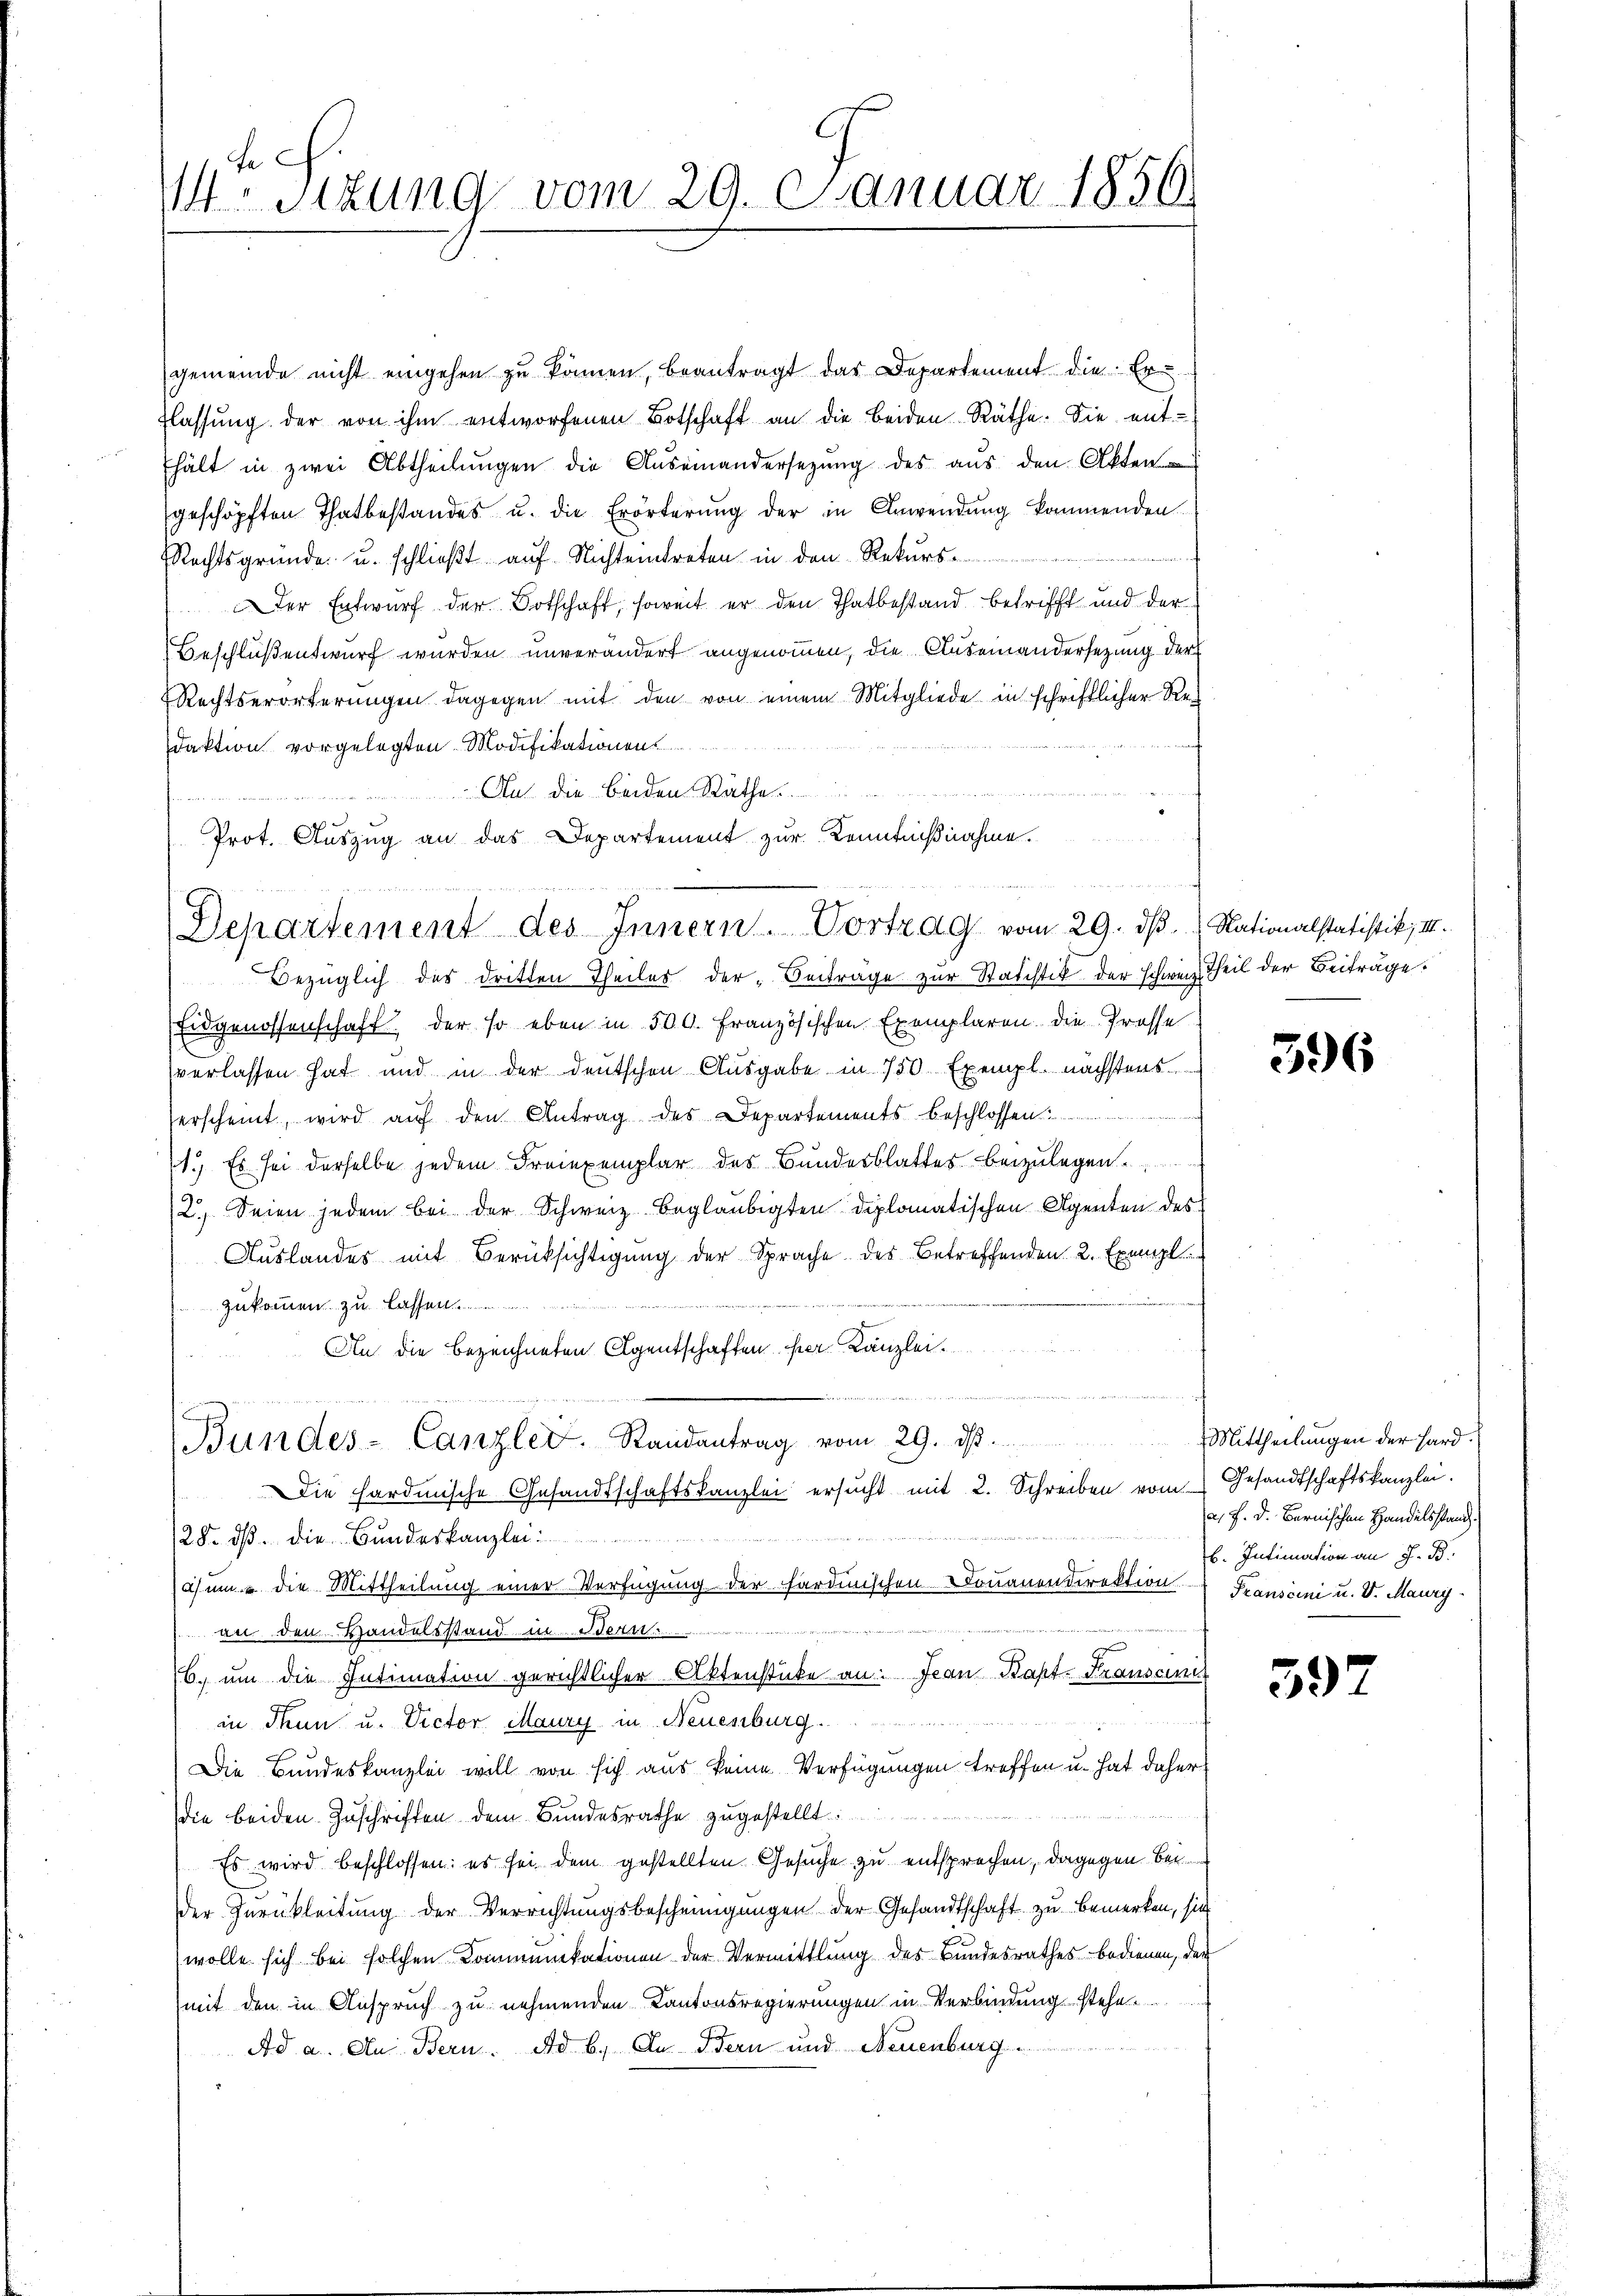
.Stzung vom 29. Januar 1856.

gemeinde nicht eingehen zu können, beantragt das Departement die Er
flassŭng der von ihm entworfenen Botschaft an die beiden Räthe. Sie ent-
hält in zwei Abtheilŭngen die Auseinandersezung des aŭs den Akten
geschöpften Thatbestandes u. die Erörterung der in Anwendung kommenden
Rechtsgründe u. schließt auf Nichteintreten in den Rekurs-
Der Entwurf der Botschaft, soweit er den Thatbestand betrifft und der
Beschluß entwurf wurden unverändert angenommen, die Auseinandersetzung der
Rechtserörterungen dagegen mit den von einem Mitgliede in schriftlicher Redaktion vorgelegten Modifikationen
An die beiden Rathe
e
Prot. Auszug an das Departement zur Kenntnißnahme.

Bezüglich des dritten Theiles der „Beiträge zur Statistik der schweiz. Theil der Beiträge.
Eidgenossenschaft der so eben in 500. Französischen Exemplaren. Die Trosse
verlassen hat und in der deutschen Ausgabe in 750 Exempl. nächsters
erscheint, wird aŭf den Antrag des Departements beschlossen.
1.) Es sei derselbe jedem Freiexemplar des Bundesblattes beizulegen
2.) Seien jedem bei der Schweiz beglaubigten diplomatischen Agenten des
Auslandes mit Berücksichtigung der Sprache des Betreffenden 2. Exempl
zukommen zu lassen.
An die bezeichneten Agentschaften der Kanzlei
Die Hardmische Gesandtschaftskanzlei ersucht mit 2. Schreiben vom Gesandtschaftskanzlei.
/25. dß. die Bundeskanzlei:
i um die Mittheilung einer Verfügung der Fardinischen Donauendirektion
an den Handelsstand in Bern
b. um die Intimation gerichtlicher Aktenstücke an: Jean Bapt-Transani
in dann u. Victor Maury in Neuenburg.
Die Bundeskanzlei will von sich aus keine Verfügungen treffen u. hat daher
die beiden Zuschriften dem Bundesrathe zugestellt:
Es wird beschlossen: es sei dem gestellten Gesuche zu entsprechen, dagegen bei
der Zurückleitung der Verrichtungsbescheinigungen der Gesandtschaft zu bemerken, sie
(wolle sich bei solchen Communikationen der Vermittlung des Bundesrathes bedienen, der
(mit den in Anspruch zu nehmenden Kantonsregierungen in Verbindung stehe
Ad a. Aus Bern. ad b. In Bern und Neuenburg

Departement des Innern. Vortrag vom 29. dβ.  Nationalstatistik, III.

Bundes-Canzlei. Standentrag vom 29. ist.

396

Mittheilungen der Hard.
a. f. d. Bernischen Handelsstandb. Intimation an H. B.
Franscini u. V. Mauri

39)